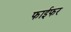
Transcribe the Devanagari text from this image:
फाईफर